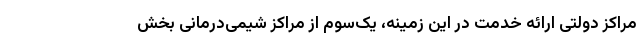
مراکز دولتی ارائه خدمت در این زمینه، یک‌سوم از مراکز شیمی‌درمانی بخش